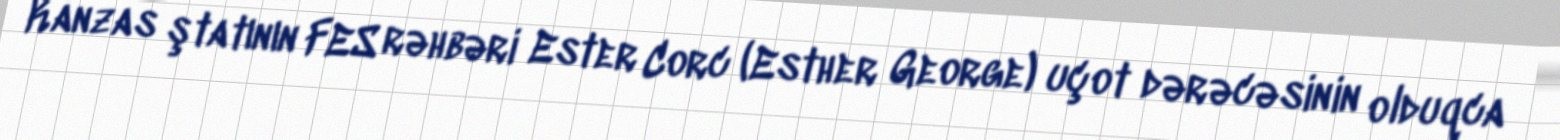
Kanzas ştatının FES rəhbəri Ester Corc (Esther George) uçot dərəcəsinin olduqca